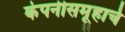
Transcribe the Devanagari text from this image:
कंपनीसमूहाचे